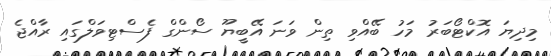
މިދިޔަ އޮކްޓޯބަރު މަހު ބޭއްވި ތިން ވަނަ އޭބީޔޫ ސޯންގް ފެސްޓިވަލްގައި ރާއްޖެ